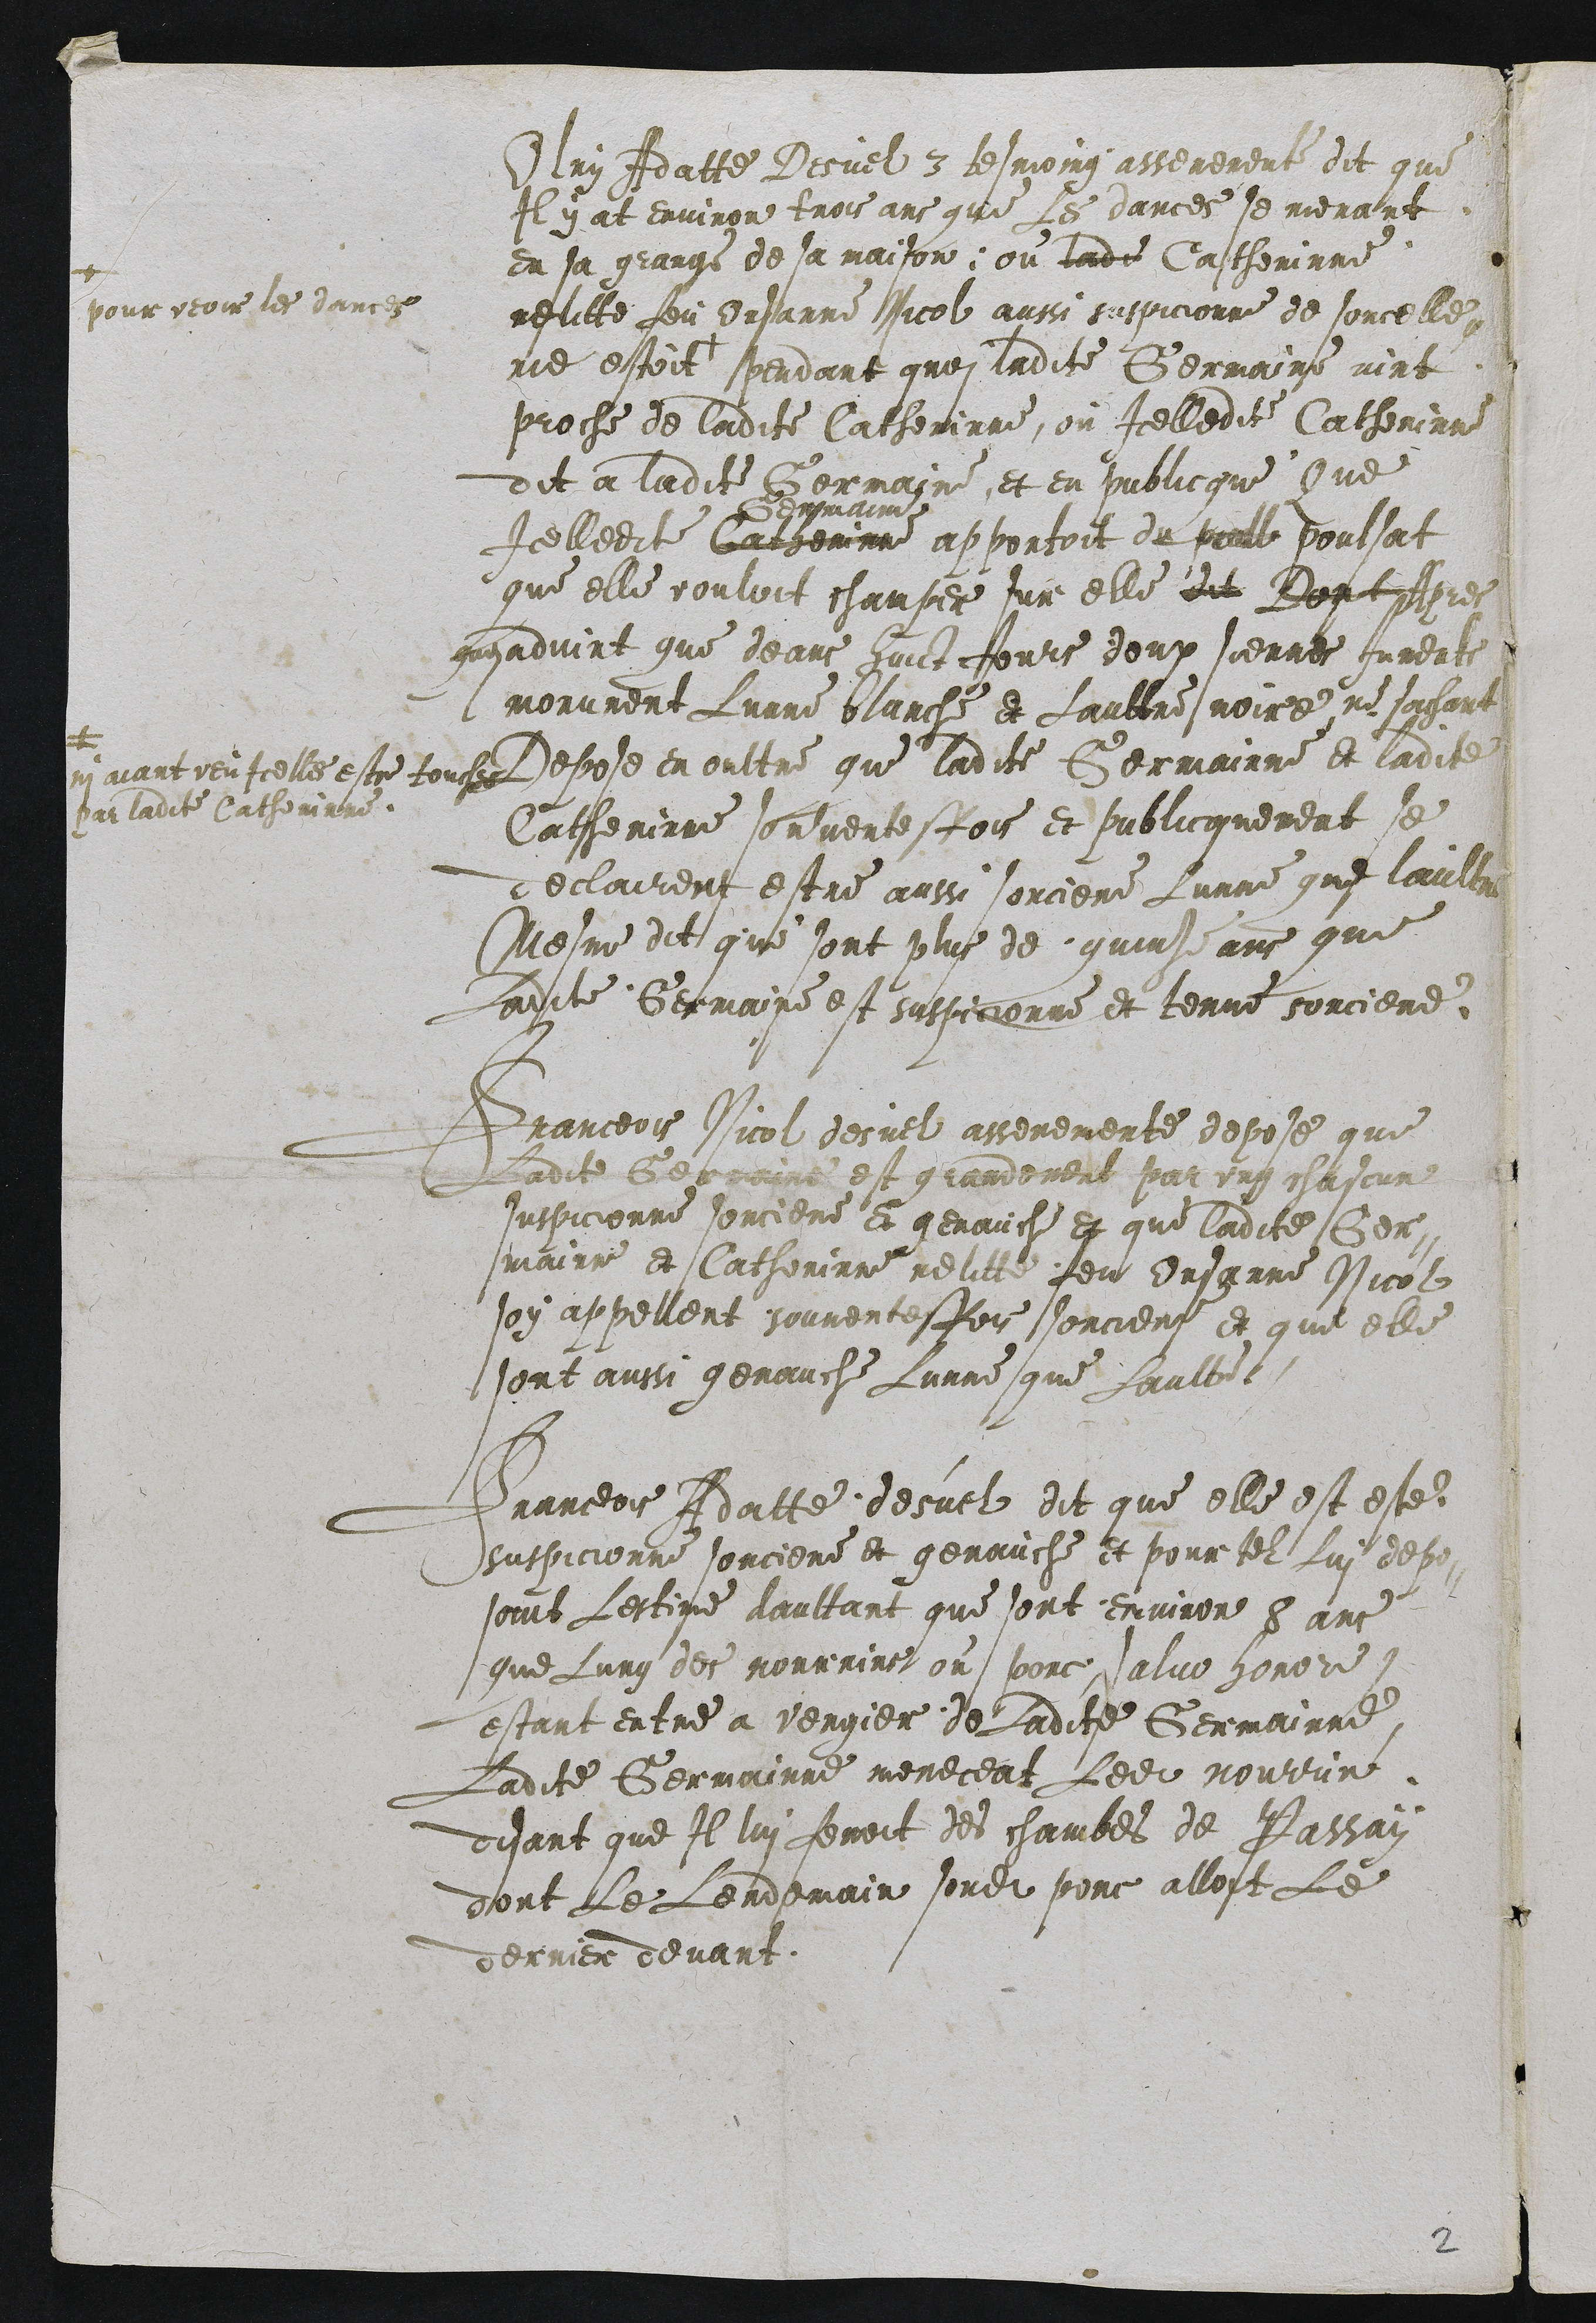
Iluy Adatte Desuel 3 tesmoing asserement dit que
Il y at environ trois ans qui les dances se menant
en sa grange de sa maison, ou ladite Catherinne
relitte feu Orsanne Nicol aussi suspicionne de sorcelle
re estoit
+
pour veoir les dances
pendant groi ladite Germaine vint
proche de ladite Catherinne, ou Icelledit Catherinne
dit a ladite Germaine et en publicque Que
Icelledit Cachemnne
dermain
apportoit du peull poulsat
que elle vouloit chauper sur elle dit Dont apres
gusadvint que deans huict jours deux sierres Jurente
morurent Lunne blanche et Lauttre noire ne sachant
Nui avant veu Icelles estre touces
par ladite Catherinne.
Depose en oultre que ladite Germainne et ladite
Catherinne souventesfois et publicquement se
declairent estre aussi sorciere lunne que laultre
Mesme dit que sont plus de quinse ans que
ladcte Germaine est suspicionne et tenue sorciere

Franceois Nicol desuel assenemente depose que
Ladit Gerraine est grandement par ung chascun
suspicionne sorciere et genauche et que ladite Ser¬
mainre et Catherinne relitte feu Ursanne Nicol
joy appellent souventesfois sorciers et que elle
sont aussi genauche lunne que laultat

Pranceois Adatte desuel dit que elle est este
suspicionne sorciere et genauche et pour tel lui depos
sont lestime daultant que sont environ 8 ans
que lung des nourrine ou porc salue honor
estant entre a vergier de ladite Germainne
Ladite Germainne meneceat lesit nourrin
disant que Il lui fenoit des chambes de Passan
dont le lendemain sondit ponc alloit le
dernier devant

2